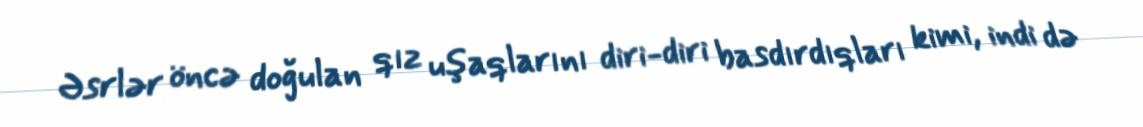
Əsrlər öncə doğulan qız uşaqlarını diri-diri basdırdıqları kimi, indi də